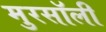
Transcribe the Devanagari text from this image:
मुरसॉली